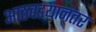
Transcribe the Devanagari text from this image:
आठवडयानंतर